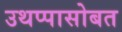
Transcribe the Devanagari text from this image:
उथप्पासोबत